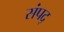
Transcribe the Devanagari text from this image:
संपद्